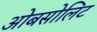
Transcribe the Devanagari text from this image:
ओबसोलिट